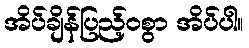
အိပ်ချိန်ပြည့်ဝစွာ အိပ်ပါ။